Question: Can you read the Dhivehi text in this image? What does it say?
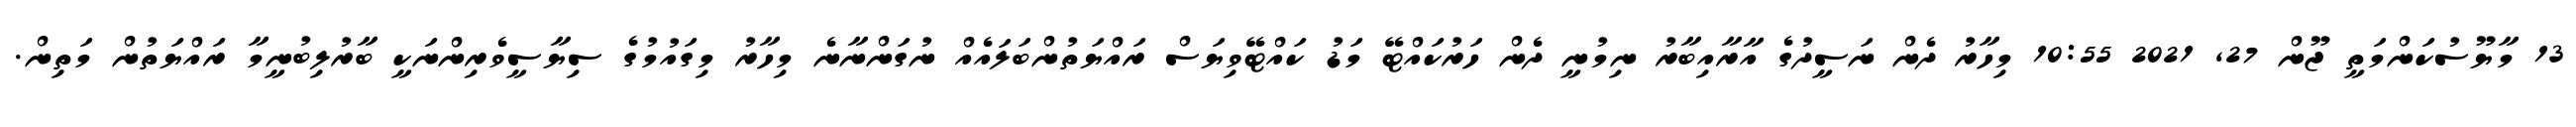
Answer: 13 މާޔޫސުކަންމަތީ ޖޫން 27, 2021 10:55 މިހާރު ދެން ނަސީދުގެ އާރާއިބާރު ނިމުނީ ދެން ހަރުކައްޓޭ މަޑު ކައްޓޭވިޔަސް ރައްޔަތުންބަލައެއް ނުގަންނާނެ މިހާރު މިގައުމުގެ ސިޔާސީވެރިންނަކީ ބާރުލިބުނީމާ ރައްޔަތުން މަތިން.